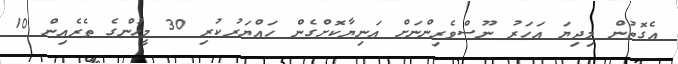
އެގޮތުން މިދިޔަ އަހަރު ނޫސްވެރިންނަށް އަނިޔާކޮށްގެން ހައްޔަރުކުރި 30 މީހުންގެ ތެރެއިން 10